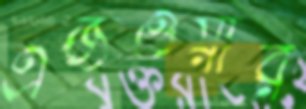
এজওয়ার